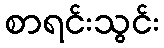
စာရင်းသွင်း